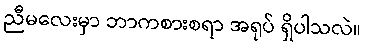
ညီမလေးမှာ ဘာကစားစရာ အရုပ် ရှိပါသလဲ။